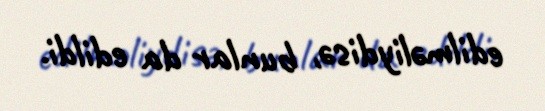
edilməliydisə, bunlar da edildi.